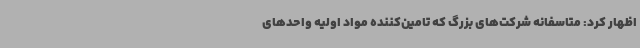
اظهار کرد: متاسفانه شرکت‌های بزرگ که تامین‌کننده مواد اولیه واحدهای